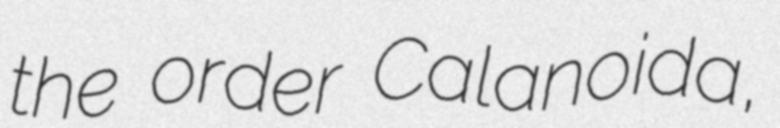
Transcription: the order Calanoida,